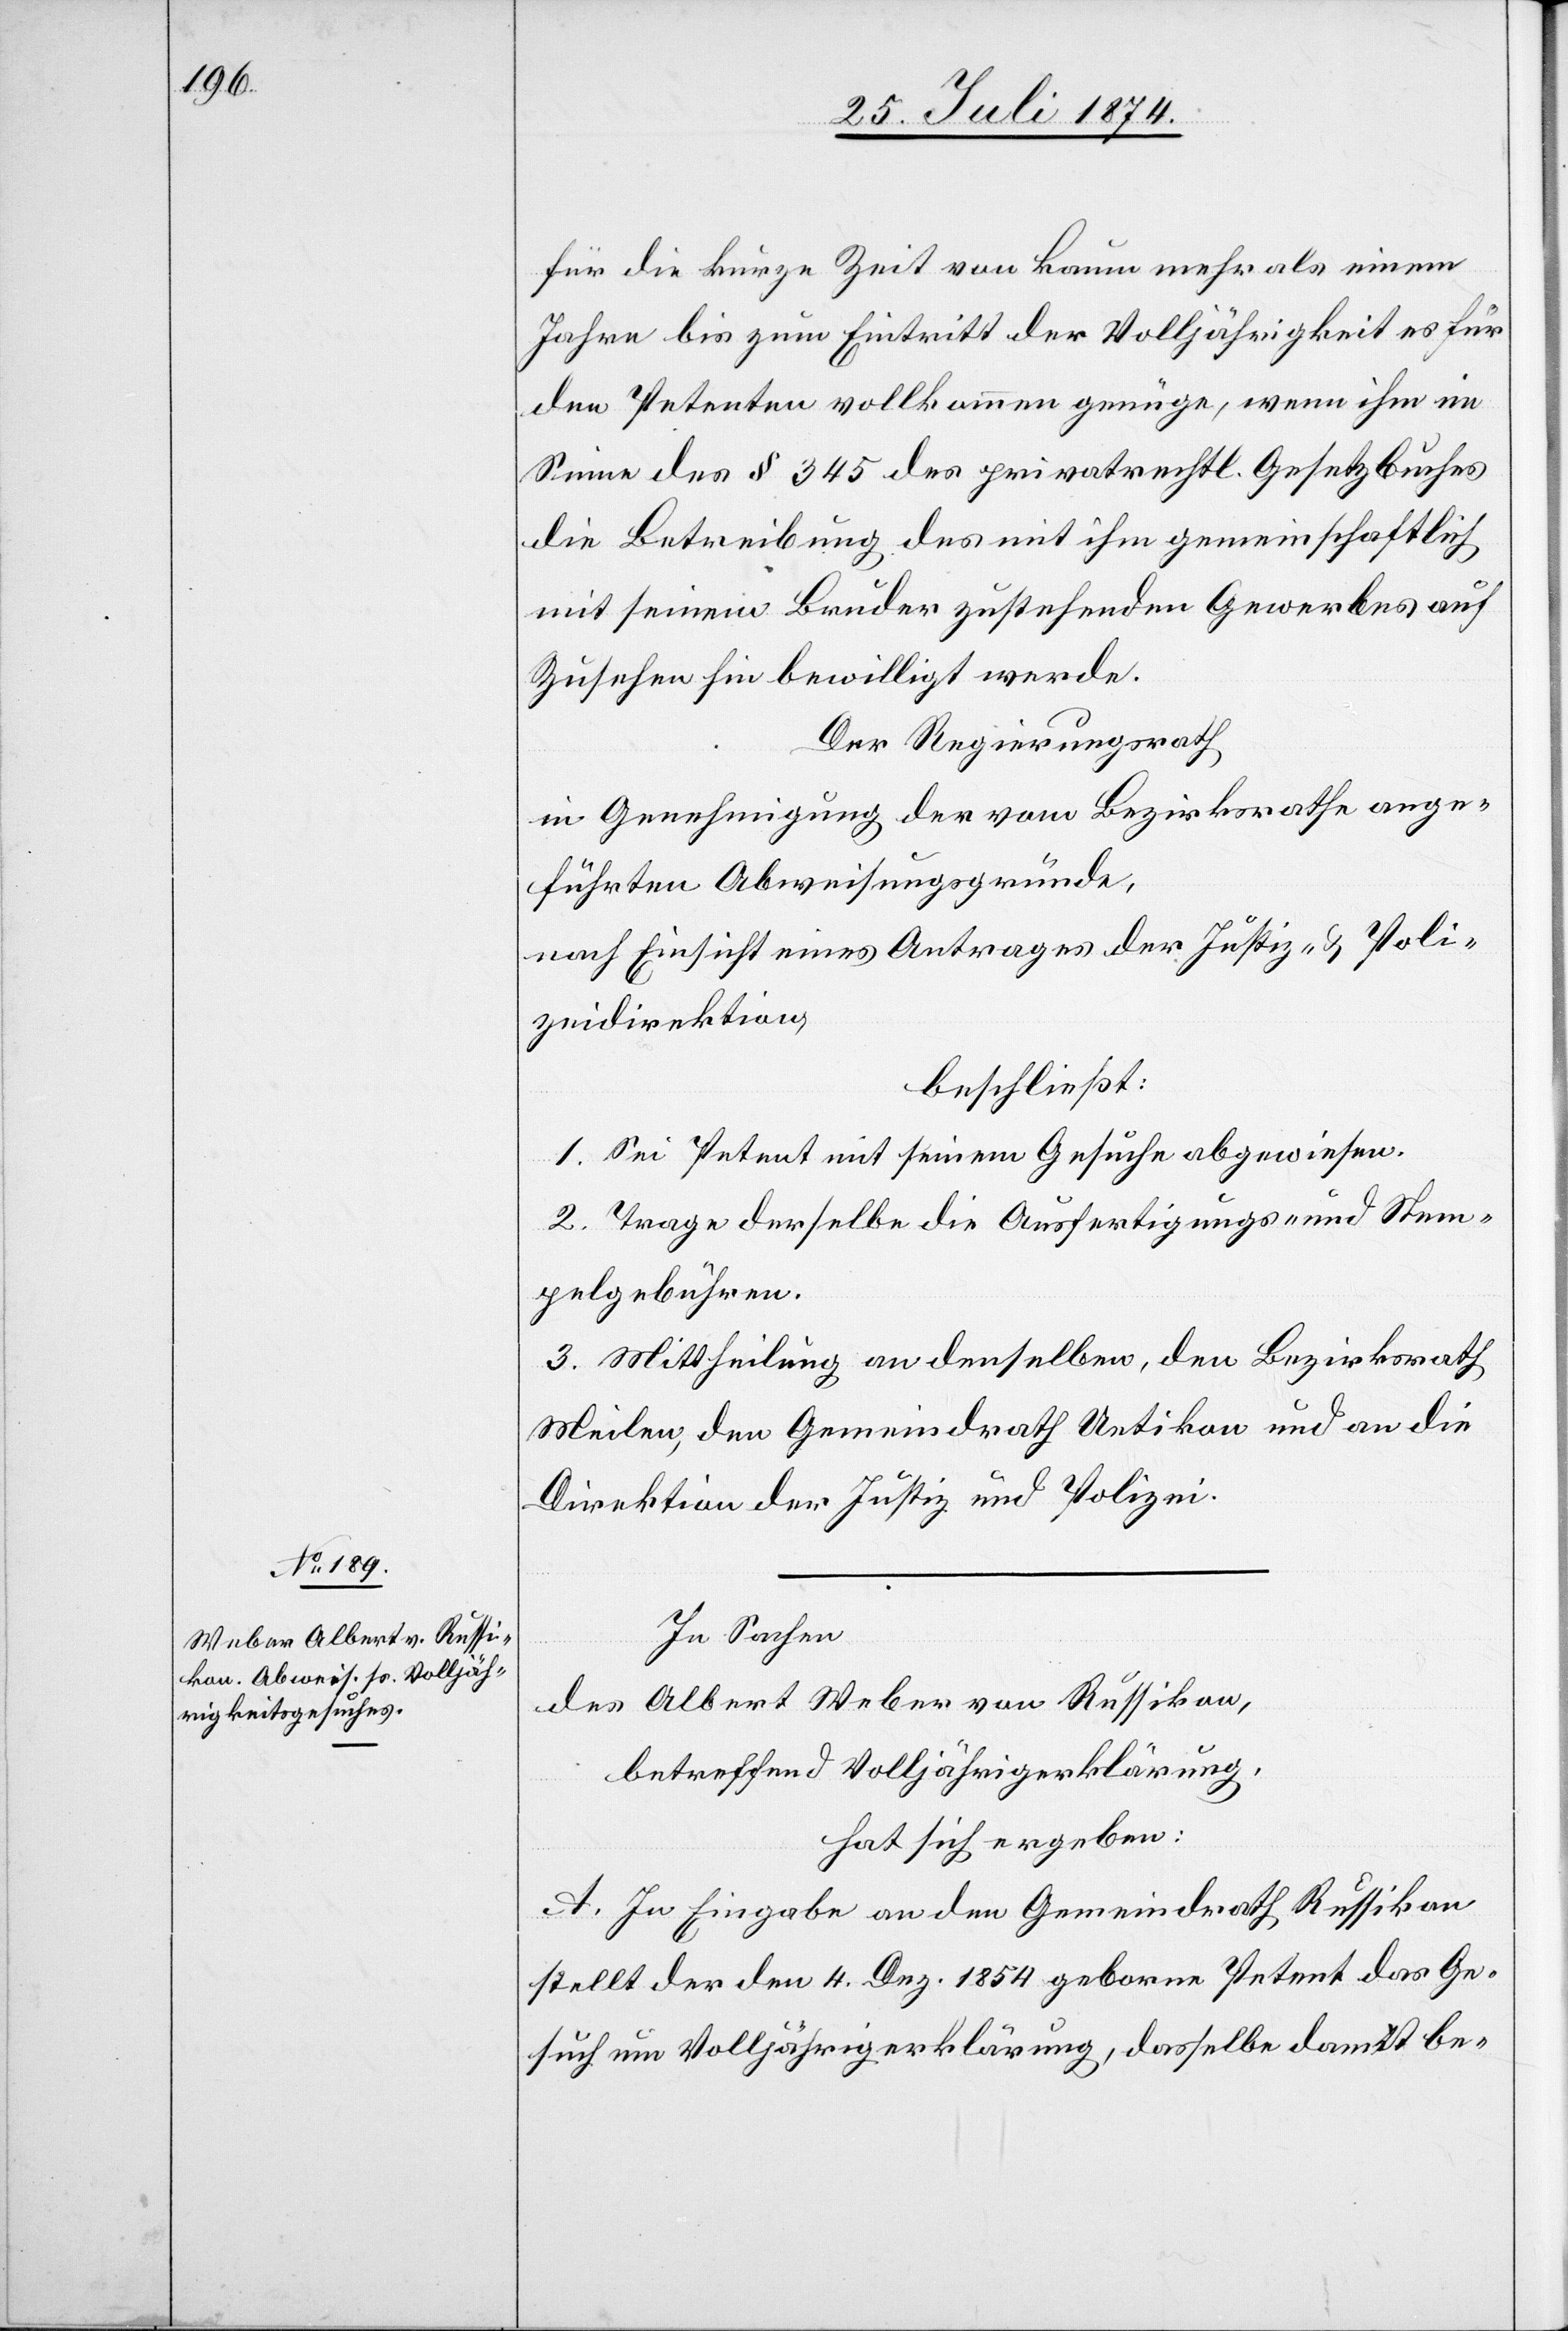
für die kurze Zeit von kaum mehr als einem
Jahre bis zum Eintritt der Volljährigkeit es für
den Petenten vollkommen genüge, wenn ihm im
Sinne des § 345 des privatrechtl. Gesetzbuches
die Betreibung des mit ihm gemeinschaftlich
mit seinem Bruder zustehenden Gewerbes auf
Zusehen hin bewilligt werde.
Der Regierungsrath
in Genehmigung der vom Bezirksrath ange¬
führten Abweisungsgründe,
nach Einsicht eines Antrages der Justiz- u. Poli¬
zeidirektion,
beschließt:
1. Sei Petent mit seinem Gesuche abgewiesen.
2. Trage derselbe die Ausfertigungs- und Stem¬
pelgebühren.
3. Mittheilung an denselben, den Bezirksrath
Meilen, den Gemeindrath Uetikon und an die
Direktion der Justiz und Polizei.
In Sachen
des Albert Weber von Russikon,
betreffend Volljährigerklärung,
hat sich ergeben:
A. In Eingabe an den Gemeindrath Russikon
stellt der den 4. Dez. 1854 geborne Petent das Ge¬
such um Volljährigerklärung, dasselbe damit be-